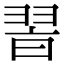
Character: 𦐮